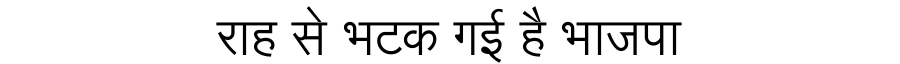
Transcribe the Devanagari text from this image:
राह से भटक गई है भाजपा